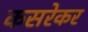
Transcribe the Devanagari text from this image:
कसरेकर